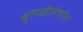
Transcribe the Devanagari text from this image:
श्रुतकीर्तचरित